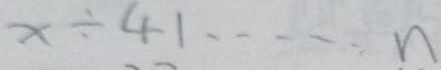
x \div 4 1 \cdots n